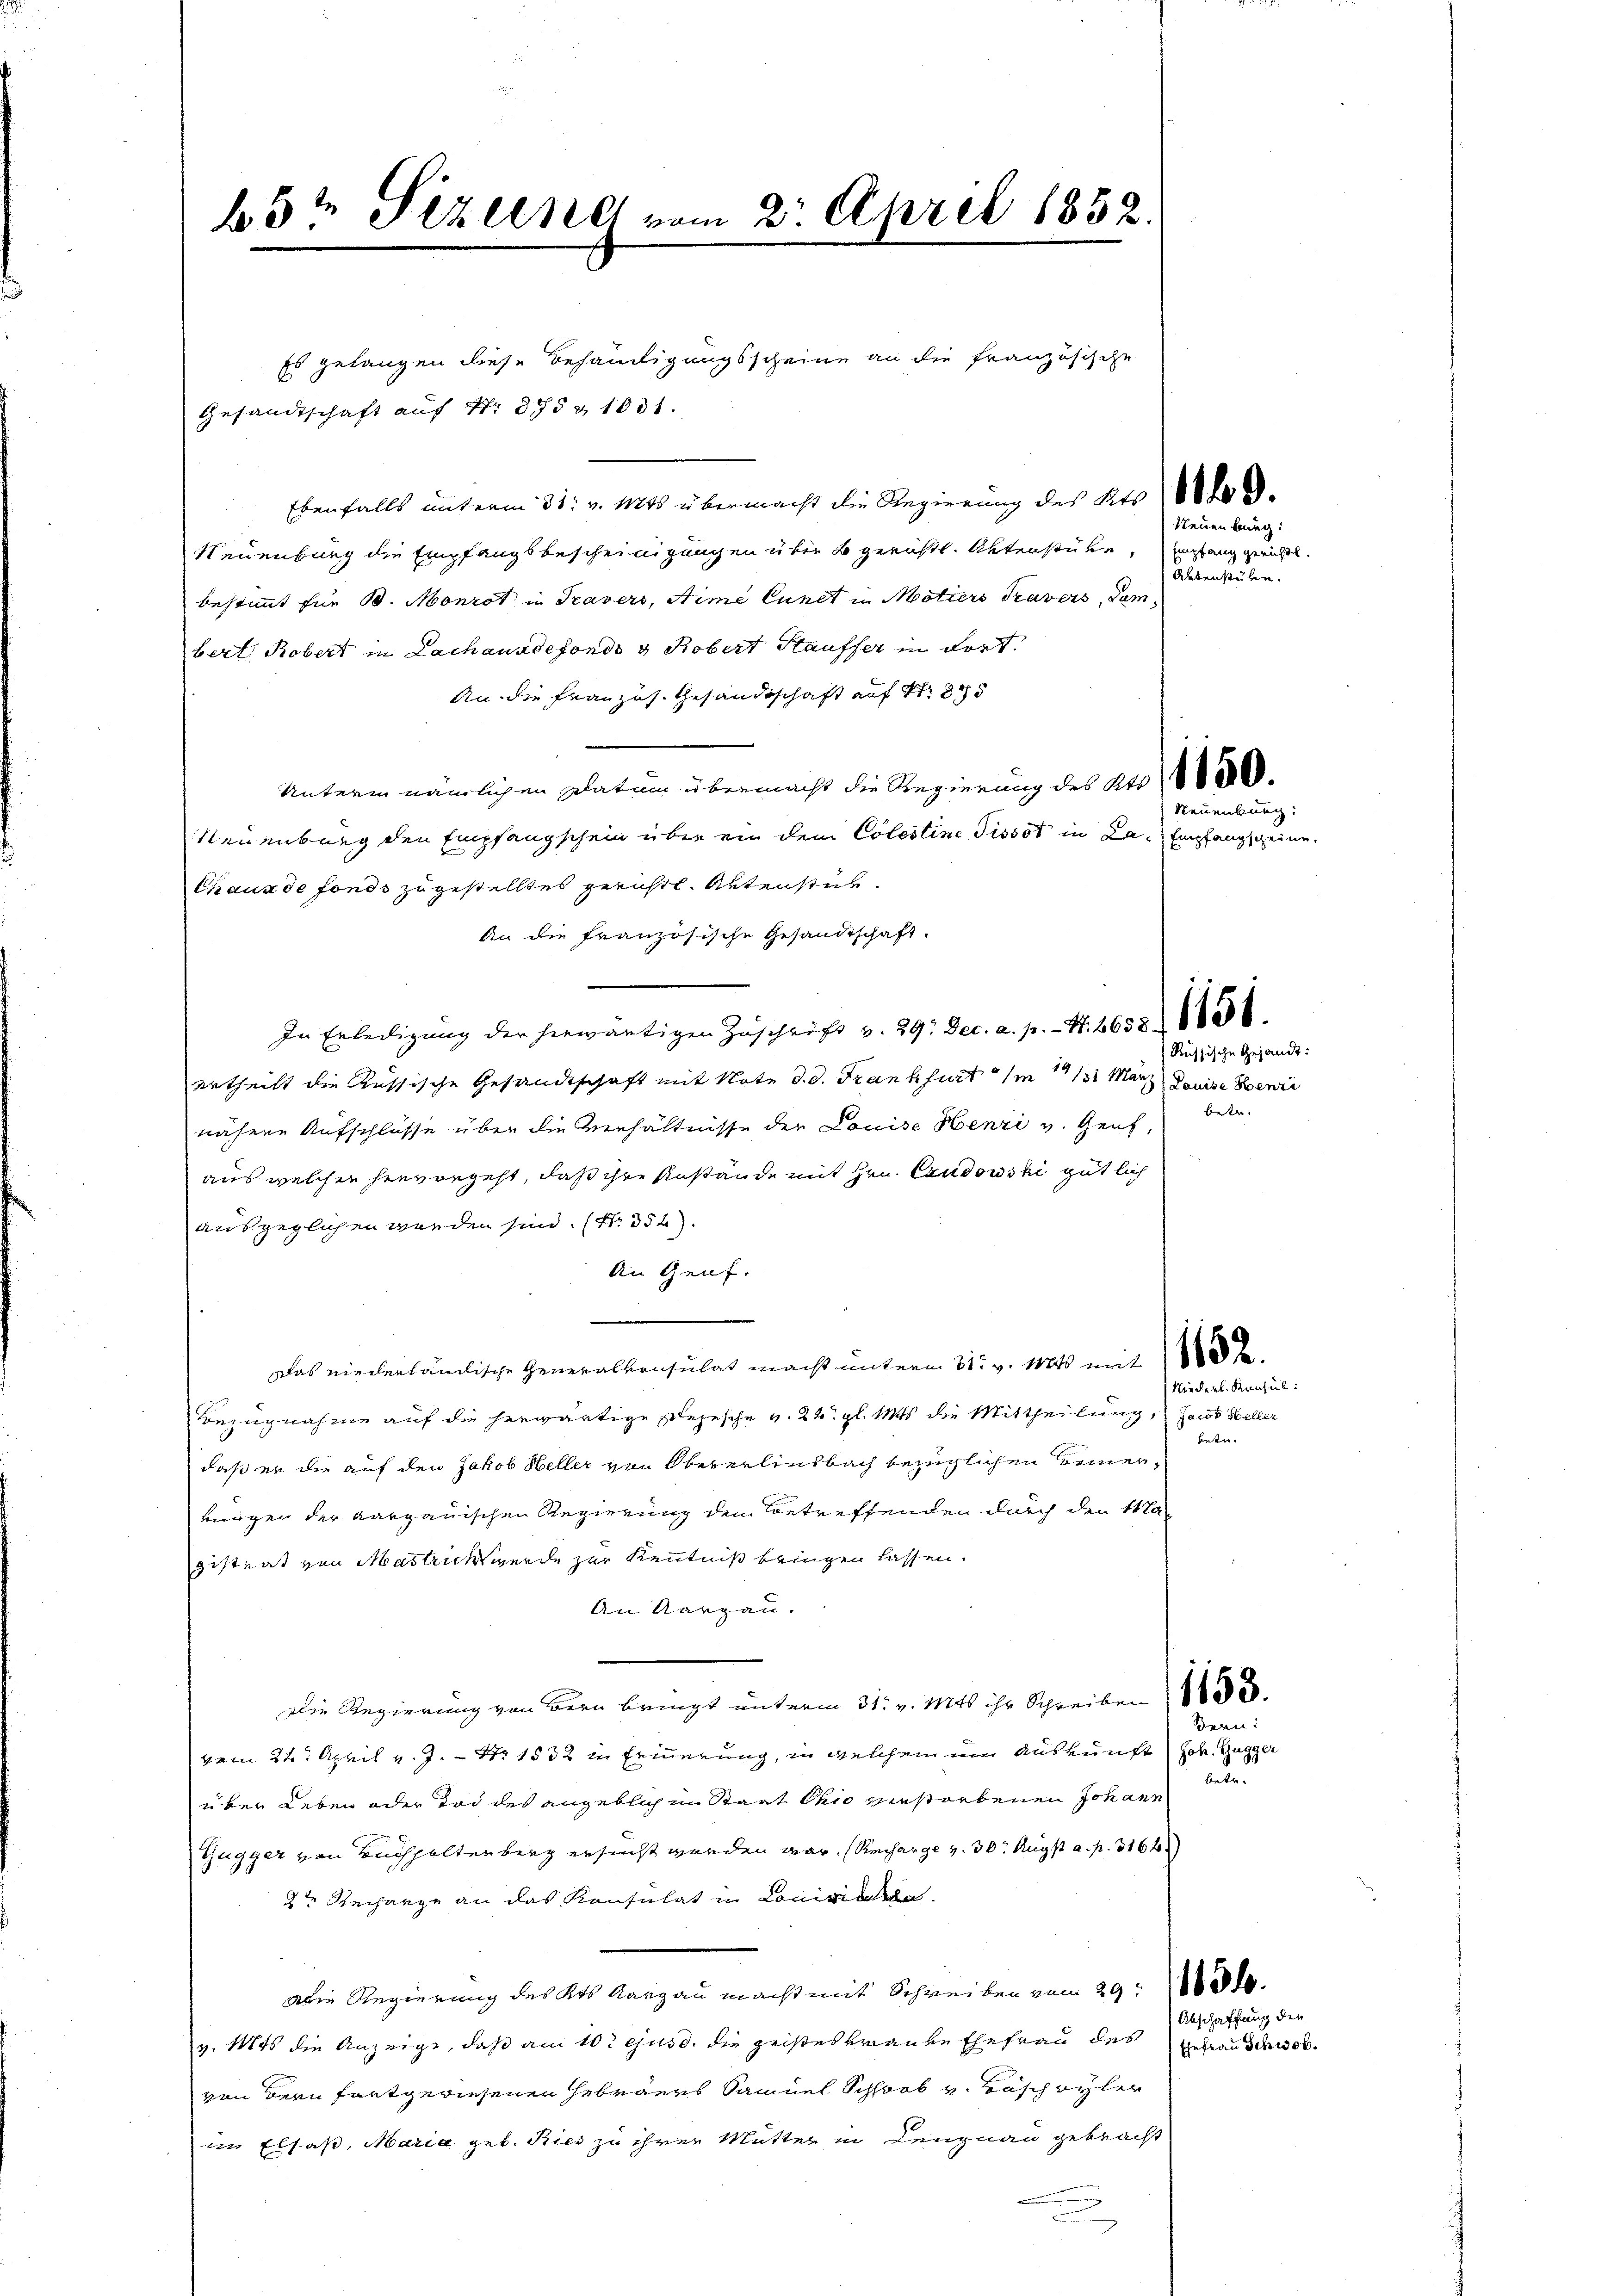
b5“ Sizelne vom 2. April 1852.

Es gelangen diese Behändigungsscheine an die Französische
Gesandtschaft auf Nr. 375 & 1031.
Ebenfalls unterm 31. v. Mts übermacht die Regierung des Kts
Neuenburg die Empfangsbescheinigungen über 2 gerichtl. Unterstücke, ergang gerichtl.
bestimmt für B. Monrot in Travers, Aime Cunet in Motiers Travers, dam
bert Robert in Lachanndefonds 3 Robert Stauffer in dort
An die Französ. Gesandtschaft auf 1885
Unterm nämlichen Datum übermacht die Regierung des Kts.
Neuenburg den Empfangschein über ein dem Colestine Tissot in La- Empfangscheine
Chaux de fonds zugestelltes gerichtl. Aktenstit
An die französische Gesandtschaft.
In Erledigung der herwärtigen Zŭschrift v. 29. Dec. a. p. . . 6658 (1456.
ertheilt die Aussische Gesandtschaft mit Note d. d. Frankfurt am 11. März Louise Bewei
nähere Aufschlüsse über die Verhältnisse der Louise Henzi v. Genf,
aus welcher hier begeht, daß ihre Anstände mit Hrn. Candowski gütlich
ausgeglichen werden sind. (Nr. 352)
An Genf.
Das niederländische Generalkonsulat macht unterm 31. v. Mts mit
Bezugnahme auf die herwärtige Depesche v. 24. gl. Mts. die Mittheilung, Jacob Weller
betre
daß er die auf den Jakob Heller von Obererlinsbach bezüglichen Bemerkungen der Aargauischen Regierung den Betreffenden durch den Ma-
gistrat von Mastrick wurde zur Kenntniß bringen lassen.
An Aargau.
Die Regierung von Bern bringt unterm 31. v. Mts ihr Schreiben
Bern:
vom 24. April v. J. - No 1532 in Erinnerung, in welchem um Auskunft) Joh. Gugger
e
über Leben oder Tod des angeblich im Staat Chio verstorbenen Johann
Gugger von Buchhalterberg ersucht worden war. (Recharge v. 30. Augst a. p. 316
2te Recharge an das Konsulat in Comipielsde
Die Regierung des Kts. Aargau macht mit Schreiben vom 29. 1830.
Abschaffung der
v. Mts die Anzeige, daß am 10. ejusd. die geisteskranke Ehefrau des gefrau schweb
von dern fortgewiesenen Hebräers Samuel Schoob v. Taschwyler
im Elsaß, Maria geb. Ried zu ihrer Mutter in Lengnau gebracht

Neuenburg:
Aktenstehen.

Neuenburg:

Russische Gesandt:
betr.

Niederl. Konsul: